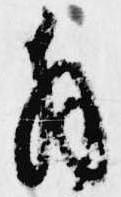
拝